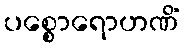
ပစ္စောရောဟဏိံ